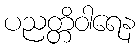
ပညတ္တိဝါရေန